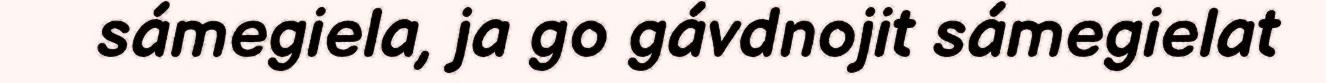
sámegiela, ja go gávdnojit sámegielat